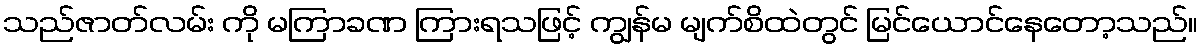
သည်ဇာတ်လမ်း ကို မကြာခဏ ကြားရသဖြင့် ကျွန်မ မျက်စိထဲတွင် မြင်ယောင်နေတော့သည်။